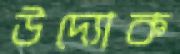
উদ্যোক